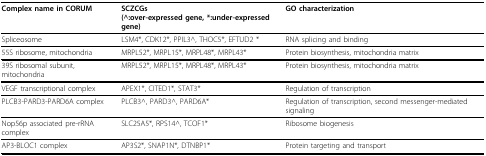
| Complex name in CORUM | SCZCGs(^:over-expressed gene, *:under-expressed gene) | GO characterization |
 | --- | --- | --- |
 | Spliceosome | LSM4*, CDK12*, PPIL3^, THOC5*, EFTUD2 * | RNA splicing and binding |
 | 55S ribosome, mitochondria | MRPL52*, MRPL15*, MRPL48*, MRPL43* | Protein biosynthesis, mitochondria matrix |
 | 39S ribosomal subunit, mitochondria | MRPL52*, MRPL15*, MRPL48*, MRPL43* | Protein biosynthesis, mitochondria matrix |
 | VEGF transcriptional complex | APEX1*, CITED1*, STAT3* | Regulation of transcription |
 | PLCB3-PARD3-PARD6A complex | PLCB3^, PARD3^, PARD6A* | Regulation of transcription, second messenger-mediated signaling |
 | Nop56p associated pre-rRNA complex | SLC25A5*, RPS14^, TCOF1* | Ribosome biogenesis |
 | AP3-BLOC1 complex | AP3S2*, SNAP1N*, DTNBP1* | Protein targeting and transport |